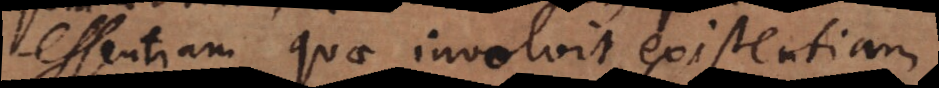
essentiam quae involvit existentiam.